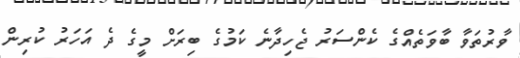
ވާރުތަވާ ބާވަތެއްގެ ކެންސަރު ޖެހިދާނެ ކަމުގެ ބިރަށް މީގެ ދެ އަހަރު ކުރިން